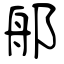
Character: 郍